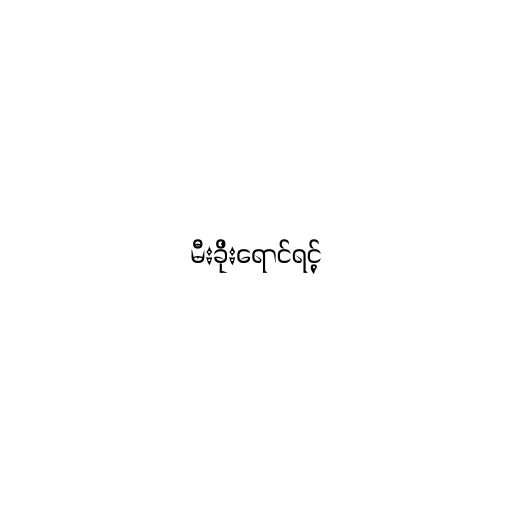
မီးခိုးရောင်ရင့်